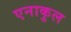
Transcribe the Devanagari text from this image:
एनाकुल